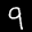
Label: 9